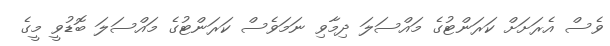
ވެސް އެރަށަށް ކަރަންޓުގެ މައްސަލަ ދިމާވި ނަމަވެސް ކަރަންޓުގެ މައްސަލަ ބޮޑުވީ މީގެ